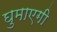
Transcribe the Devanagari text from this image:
घुमाएगी